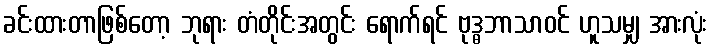
ခင်းထားတာဖြစ်တော့ ဘုရား တံတိုင်းအတွင်း ရောက်ရင် ဗုဒ္ဓဘာသာဝင် ဟူသမျှ အားလုံး